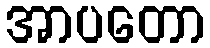
အာပတော